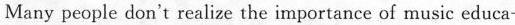
Many people don't realize the importance of music educa-